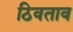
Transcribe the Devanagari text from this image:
ठिवताव